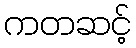
ကတဆင့်